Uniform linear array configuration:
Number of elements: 24
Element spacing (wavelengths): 0.5
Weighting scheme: exponential
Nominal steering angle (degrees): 30
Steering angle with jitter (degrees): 28.374
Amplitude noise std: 0.05
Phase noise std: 0.05

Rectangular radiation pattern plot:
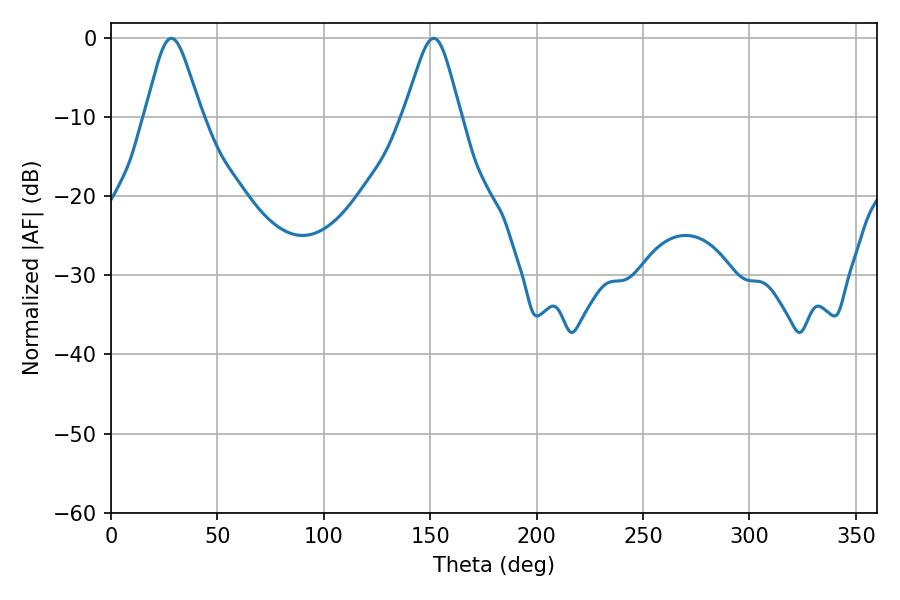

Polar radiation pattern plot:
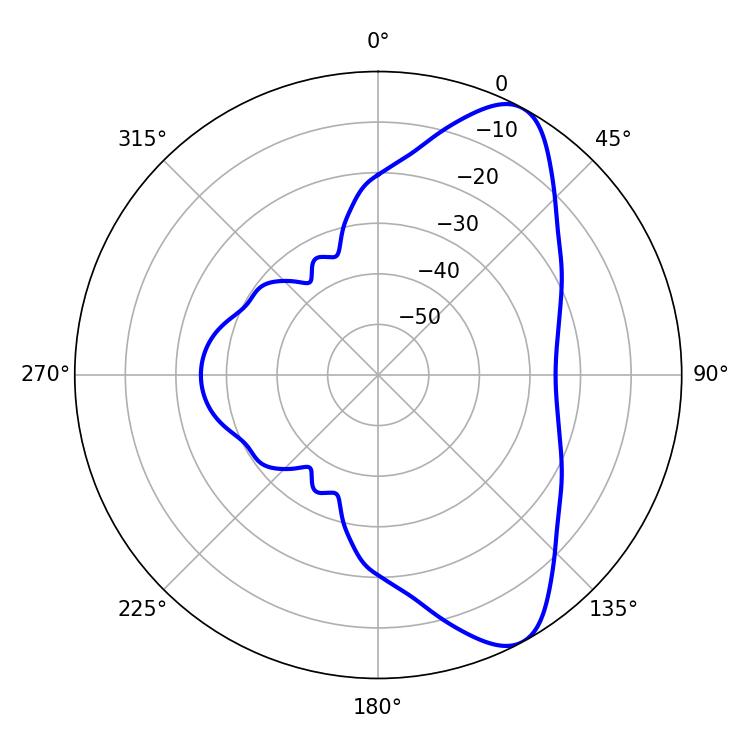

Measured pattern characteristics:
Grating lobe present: FALSE
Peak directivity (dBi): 8.739
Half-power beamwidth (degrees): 12.96
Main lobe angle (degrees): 151.56